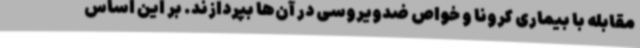
مقابله با بیماری کرونا و خواص ضدویروسی در آن‌ها بپردازند. بر این اساس